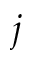
j